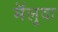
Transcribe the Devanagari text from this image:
मॅलुदा